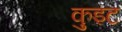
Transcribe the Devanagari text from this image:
कुइट